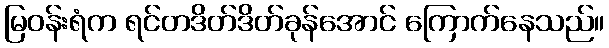
မြဝန်းရံက ရင်တဒိတ်ဒိတ်ခုန်အောင် ကြောက်နေသည်။